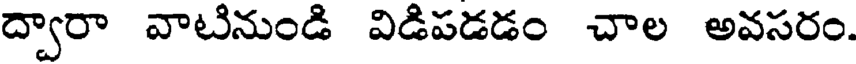
ద్వారా వాటినుండి విడిపడడం చాల అవసరం.